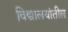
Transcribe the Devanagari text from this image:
विद्यालयांतील